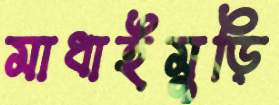
মাধাইমুড়ি